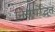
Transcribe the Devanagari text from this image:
निसर्गोद्भूत